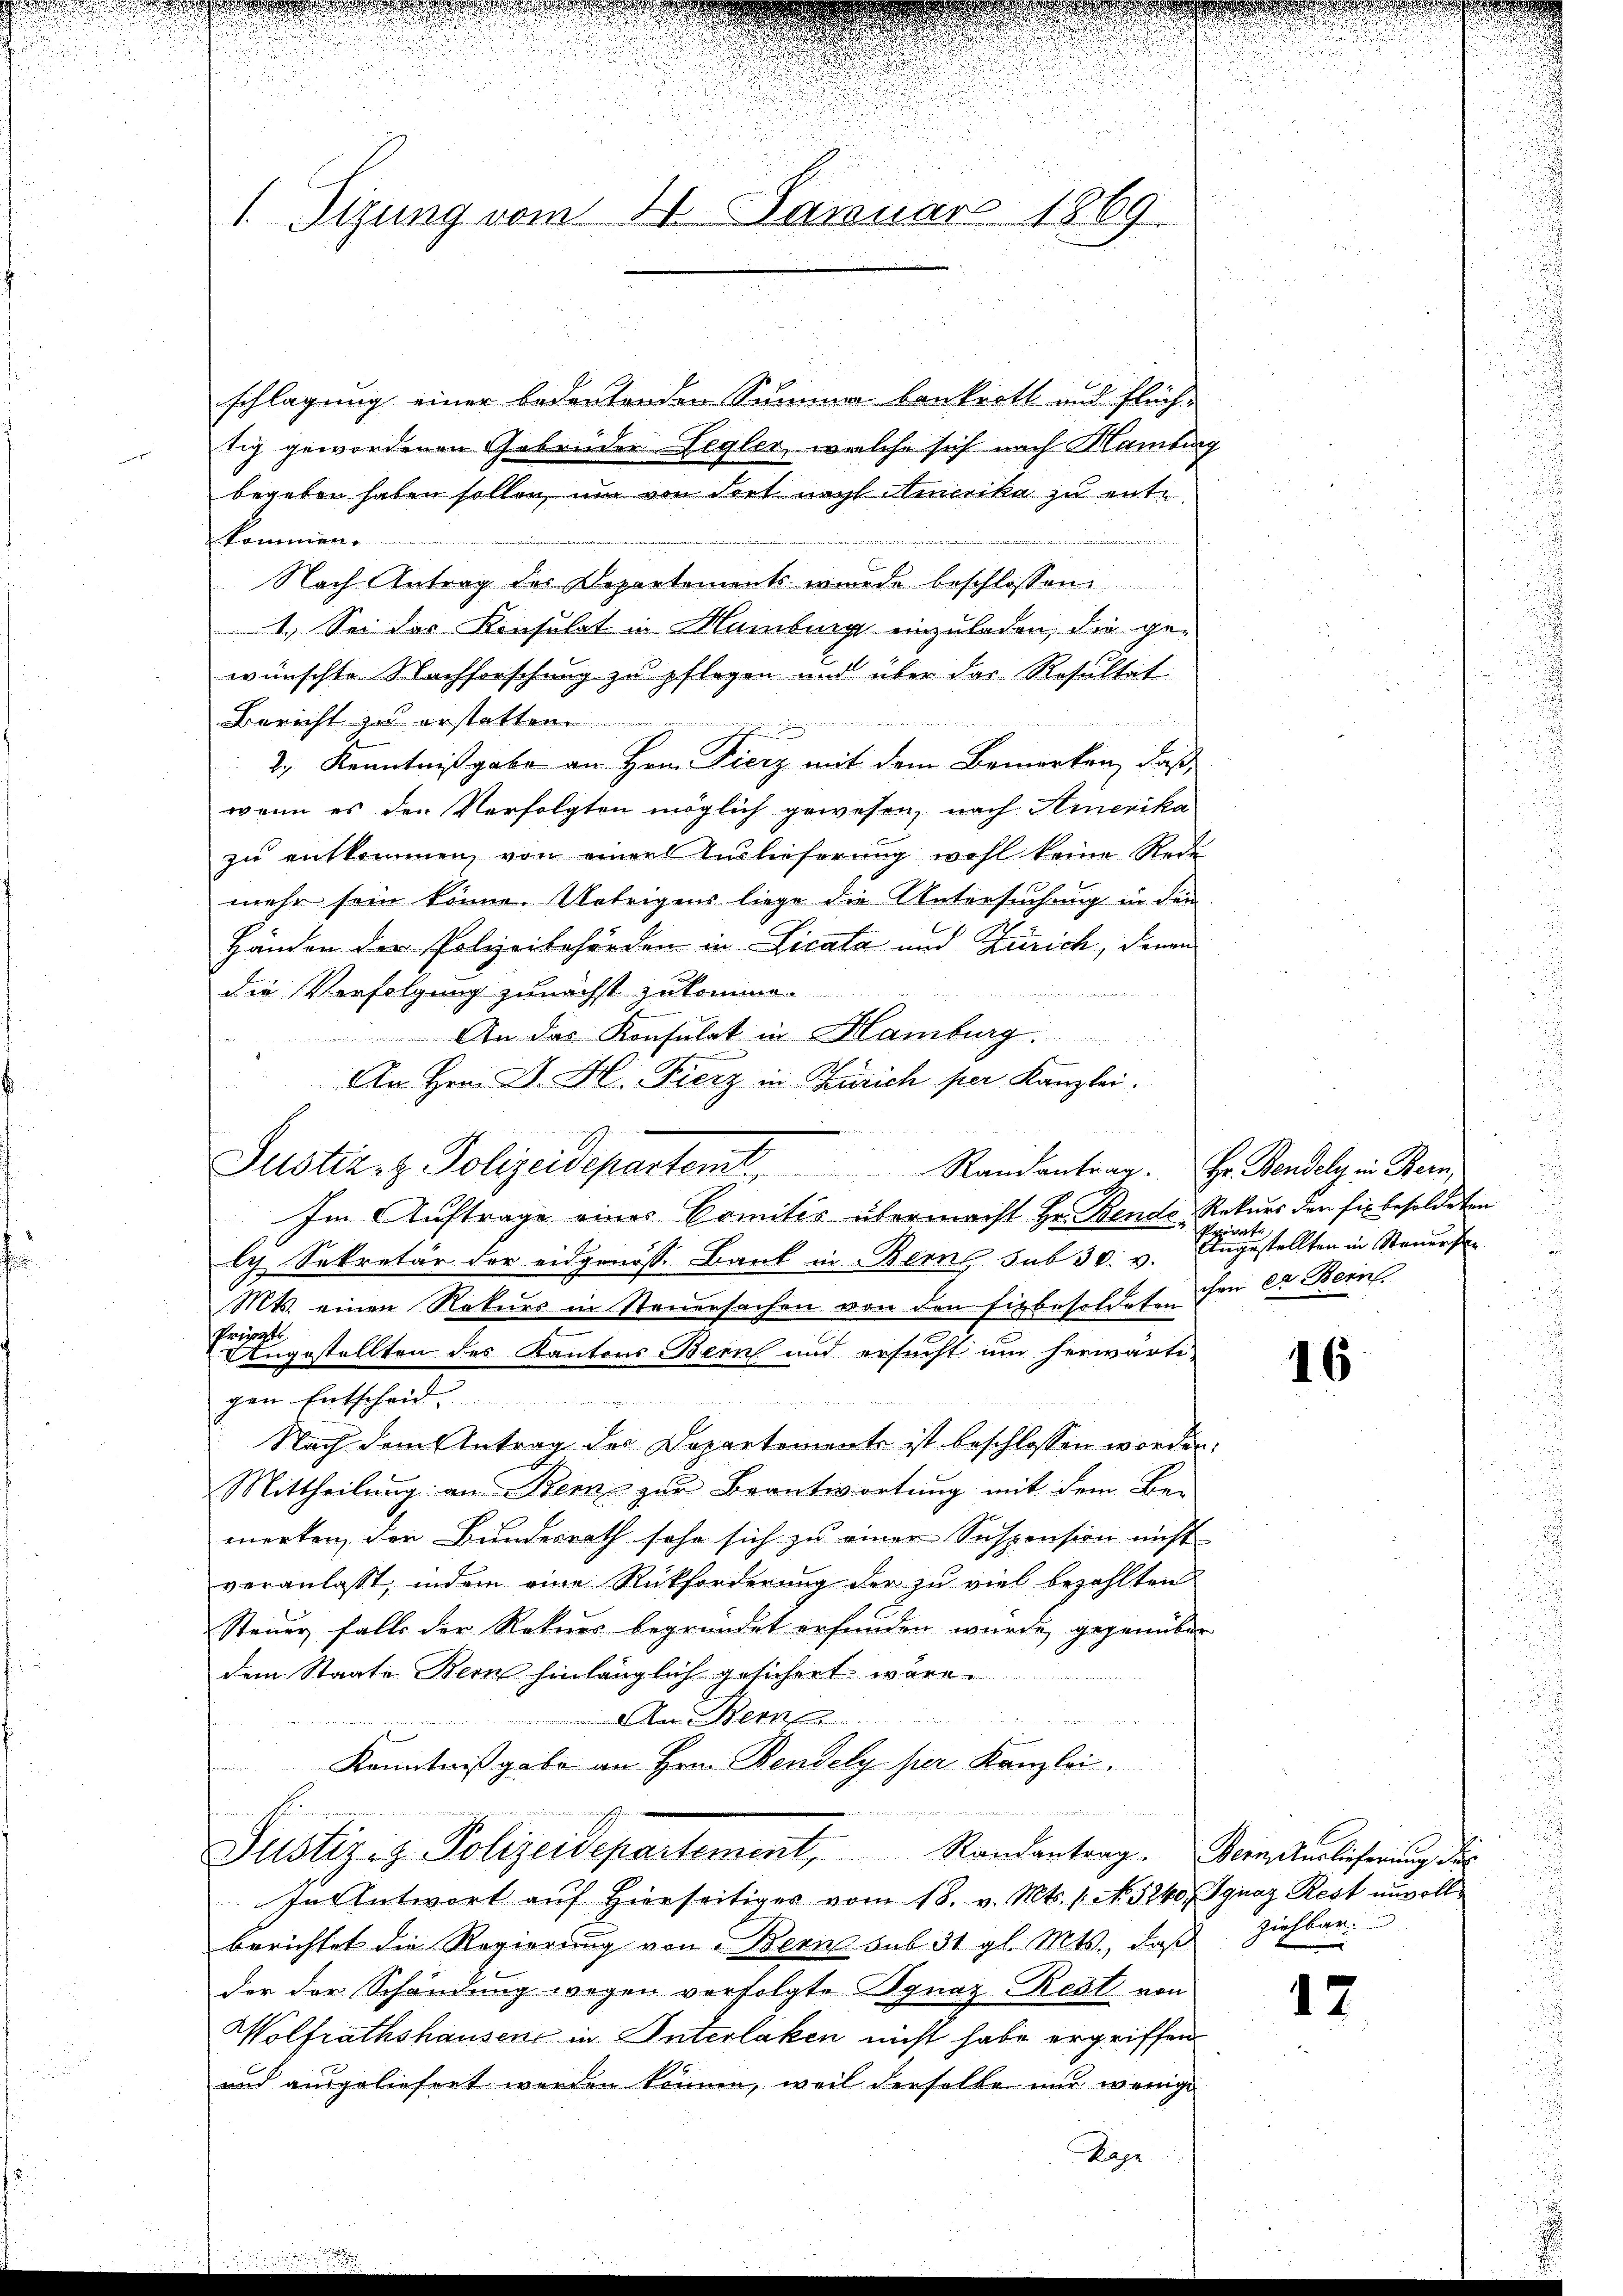
1. Sizung vom 11. Januar 1869.

schlagung einer bedeutenden Summer bankrott und Flüchtig gewordenen Gebrüder Legler, welche sich nach Hamburg
begeben haben sollen, um von dort nach Amerika zu entkommen.
Nach Antrag der Departements wurde beschlossen.
1. Sei das Konsulat in Hamburg einzuladen, die gewünschte Nachforschung zu pflegen und über das Resultet

Bericht zu erstatten
2.) Kenntnißgabe an Hrn. Fierz mit dem Bemerken, daß
wenn es den Verfolgten möglich gewesen, nach Amerika
zŭ entkommen, von einer Anlieferung wohl keine Rede
mehr sein könne. Uebrigens liege die Untersuchung in den
Händen der Polizeibehörden in Vicata und Zürich, denen
die Verfolgung zunächst zukomme.

 An das Konsulat in Hamburg.
An Hrn. A. H. Fierz in Zürich per Kanzlei.
Justiz- & Polizeidepartemt Randantrag. H. Pandel in Beri
Im Auftrage eines Comités übermacht Hr. Bende Rekurs der fix besoldeten
ly Sekretär der eidgenoss. Bank in Bern sub 30. v.
Mts. einen Rekurs in Steuersachen von den fiebesoldeten
tre gestellten des Kantons Bern und ersucht um herwärti-
I
gen Entscheid
Nach dem Antrag der Departemente ist beschlossen worden.
Mittheilung an Bern zur Beantwortung mit dem Be-
merten, den Bundesrath sehr sich zu einer Suspension nicht
veranlasst, indem eine Rückforderung der zu viel bezahlten
Steuer falls der Rekurs begründet erfunden würde gegenüber
dem Staate Bern hinlänglich gesichert wäre.
An Bern
n
1
Kenntnißgabe an Hrn. Bendely per Kanzlei.

Justiz- & Polizeidepartement, Randantrag. Bern Auslieferung des
In Antwort auf hierseitiges vom 18. v. Mts. 1. No. 5240. Ignaz Rest unvoll
berichtet die Regierung von Bern sub. 31. gl. Mts., daβ Ziehbar.
der der Schändung wegen verfolgte Ignaz Rest von
Wolfrathshausen in Interlaken nicht habe ergriffen.
und ausgeliefert werden können, weil derselbe nur wenige

Kape

Augestellten in Steuers
chen er Bern.

16

12